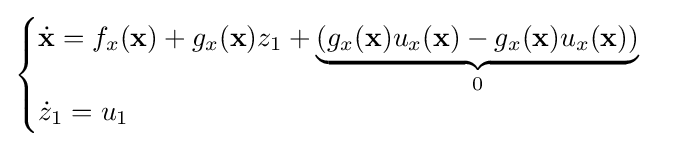
{\begin{cases}{\dot {\mathbf {x} }}=f_{x}(\mathbf {x} )+g_{x}(\mathbf {x} )z_{1}+{\mathord {\underbrace {\left(g_{x}(\mathbf {x} )u_{x}(\mathbf {x} )-g_{x}(\mathbf {x} )u_{x}(\mathbf {x} )\right)} _{0}}}\\{\dot {z}}_{1}=u_{1}\end{cases}}